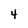
Character: 4